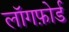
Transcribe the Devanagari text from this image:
लॉगफ़ोर्ड